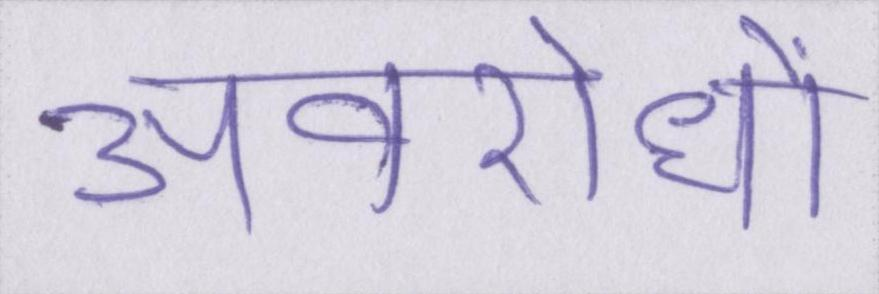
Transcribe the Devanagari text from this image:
अवरोधों